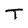
Character: T